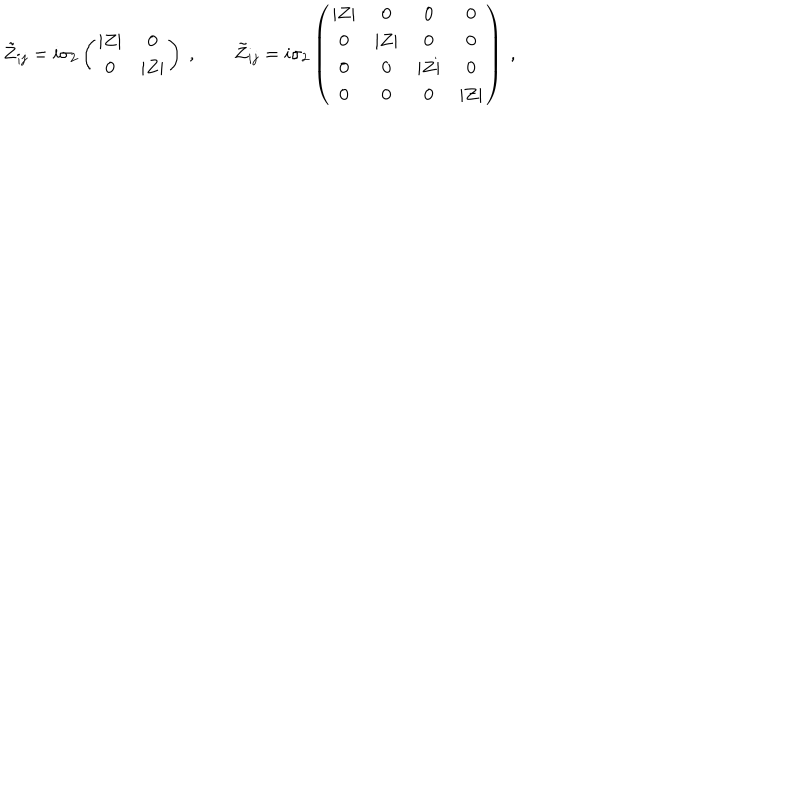
\tilde { Z } _ { i j } = i \sigma _ { 2 } \left( \begin{matrix} { { | Z | } } & { { 0 } } \\ { { 0 } } & { { | Z | } } \\ \end{matrix} \right) \ , \qquad \tilde { Z } _ { i j } = i \sigma _ { 2 } \left( \begin{matrix} { { | Z | } } & { { 0 } } & { { 0 } } & { { 0 } } \\ { { 0 } } & { { | Z | } } & { { 0 } } & { { 0 } } \\ { { 0 } } & { { 0 } } & { { | Z | } } & { { 0 } } \\ { { 0 } } & { { 0 } } & { { 0 } } & { { | Z | } } \\ \end{matrix} \right) \ ,